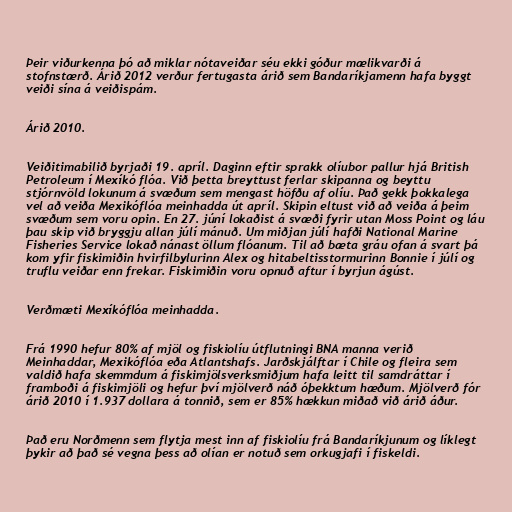
Þeir viðurkenna þó að miklar nótaveiðar séu ekki góður mælikvarði á
stofnstærð. Árið 2012 verður fertugasta árið sem Bandaríkjamenn hafa byggt
veiði sína á veiðispám.

Árið 2010.

Veiðitimabilið byrjaði 19. apríl. Daginn eftir sprakk olíubor pallur hjá British
Petroleum í Mexíkó flóa. Við þetta breyttust ferlar skipanna og beyttu
stjórnvöld lokunum á svæðum sem mengast höfðu af olíu. Það gekk þokkalega
vel að veiða Mexikóflóa meinhadda út apríl. Skipin eltust við að veiða á þeim
svæðum sem voru opin. En 27. júní lokaðist á svæði fyrir utan Moss Point og láu
þau skip við bryggju allan júlí mánuð. Um miðjan júlí hafði National Marine
Fisheries Service lokað nánast öllum flóanum. Til að bæta gráu ofan á svart þá
kom yfir fiskimiðin hvirfilbylurinn Alex og hitabeltisstormurinn Bonnie í júlí og
truflu veiðar enn frekar. Fiskimiðin voru opnuð aftur í byrjun ágúst.

Verðmæti Mexíkóflóa meinhadda.

Frá 1990 hefur 80% af mjöl og fiskiolíu útflutningi BNA manna verið
Meinhaddar, Mexikóflóa eða Atlantshafs. Jarðskjálftar í Chile og fleira sem
valdið hafa skemmdum á fiskimjölsverksmiðjum hafa leitt til samdráttar í
framboði á fiskimjöli og hefur því mjölverð náð óþekktum hæðum. Mjölverð fór
árið 2010 í 1.937 dollara á tonnið, sem er 85% hækkun miðað við árið áður.

Það eru Norðmenn sem flytja mest inn af fiskiolíu frá Bandaríkjunum og líklegt
þykir að það sé vegna þess að olían er notuð sem orkugjafi í fiskeldi.